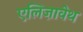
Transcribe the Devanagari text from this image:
एलिज़ावेथ